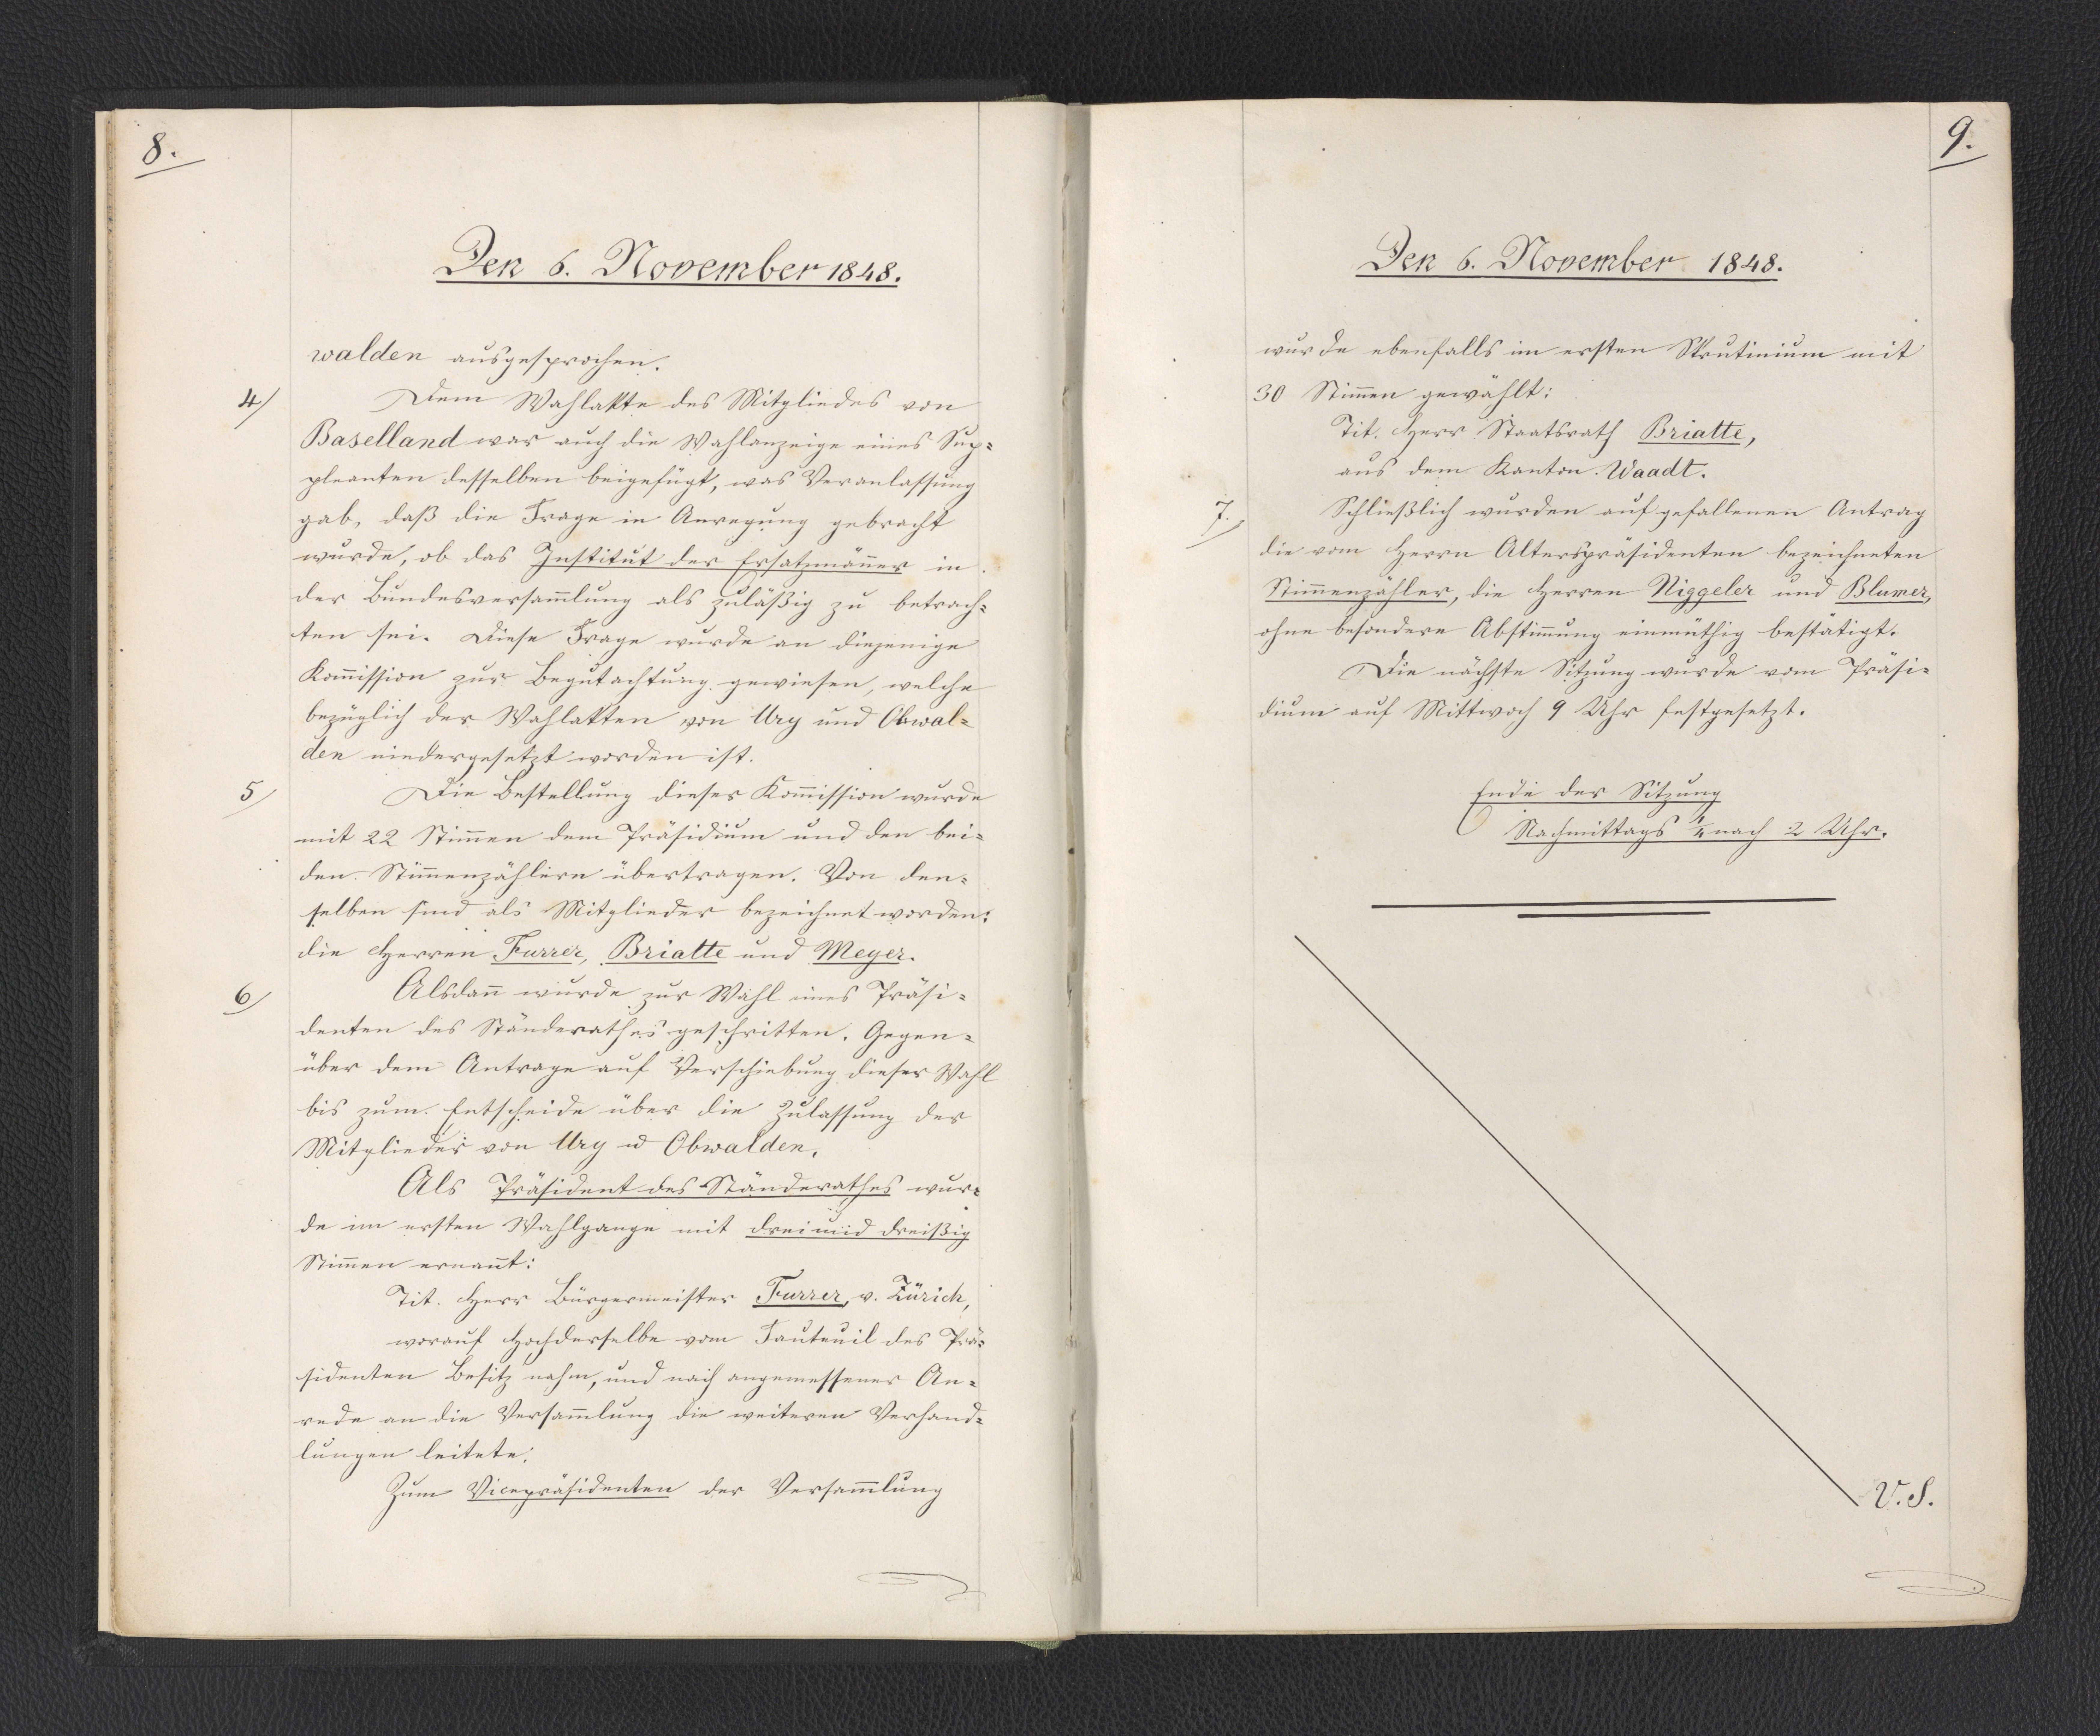
8.

Den 6. November 1848.

walden ausgesprochen.
Dem Wahlakte des Mitgliedes von
Baselland war auch die Wahlanzeige eines Sup¬
pleanten desselben beigefügt, was Veranlassung
gab, daß die Frage in Anregung gebracht
wurde, ob das Institut der Ersatzmänner in
der Bundesversammlung als zuläßig zu betrach¬
ten sei. Diese Frage wurde an diejenige
Kommission zur Begutachtung gewiesen, welche
bezüglich der Wahlakten von Ury und Obwal¬
den niedergesetzt worden ist.
Die Bestellung dieser Kommission wurde
mit 22 Stimmen dem Präsidium und den bei¬
den Stimmenzählern übertragen. Von den¬
selben sind als Mitglieder bezeichnet worden:
die Herren Furrer, Briatte und Meyer.
Alsdann wurde zur Wahl eines Präsi¬
denten des Ständerathes geschritten. Gegen¬
über dem Antrage auf Verschiebung dieser Wahl
bis zum Entscheide über die Zulassung der
Mitglieder von Ury und Obwalden.
Als Präsident des Ständerathes wur¬
de im ersten Wahlgange mit drei und dreißig
Stimmen ernannt:
Tit. Herr Bürgermeister Furrer, v. Zürich,
worauf Hochderselbe vom Fauteuil des Prä¬
sidenten Besitz nahm, und nach angemessener An¬
rede an die Versammlung die weiteren Verhand¬
lungen leitete.
Zum Vicepräsidenten der Versammlung

4

5

6

9.

Den 6. November 1848.

wurde ebenfalls im ersten Skrutinium mit
30 Stimmen gewählt:
Tit. Herr Staatsrath Briatte,
aus dem Kanton Waadt.
Schließlich wurden auf gefallenen Antrag
die vom Herrn Alterspräsidenten bezeichneten
Stimmenzähler, die Herren Niggeler und Blumer,
ohne besondere Abstimmung einmüthig bestätigt.
Die nächste Sitzung wurde vom Präsi¬
dium auf Mittwoch 9 Uhr festgesetzt.
Ende der Sitzung
Nachmittags 1/4 nach 2 Uhr.

7

V.S.